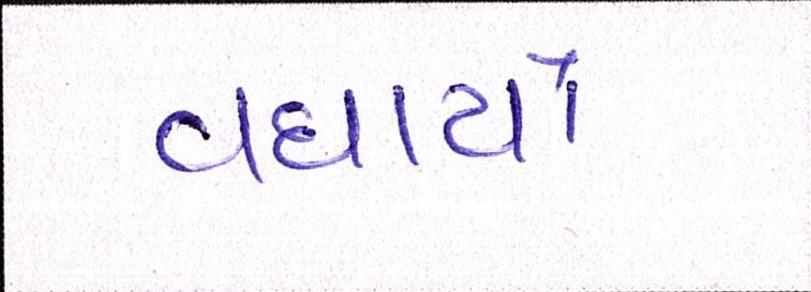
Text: વધાર્યો